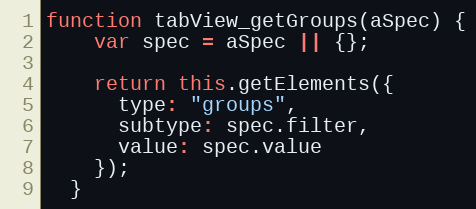
Language: JavaScript
function tabView_getGroups(aSpec) {
    var spec = aSpec || {};

    return this.getElements({
      type: "groups",
      subtype: spec.filter,
      value: spec.value
    });
  }